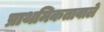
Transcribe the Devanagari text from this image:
प्राथमिकतावाले